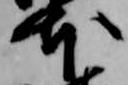
本